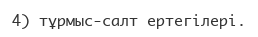
4) тұрмыс-салт ертегілері.